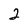
Character: 2